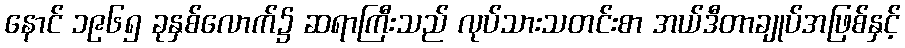
နောင် ၁၉၆၅ ခုနှစ်လောက်၌ ဆရာကြီးသည် လုပ်သားသတင်းစာ အယ်ဒီတာချုပ်အဖြစ်နှင့်